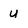
Character: u